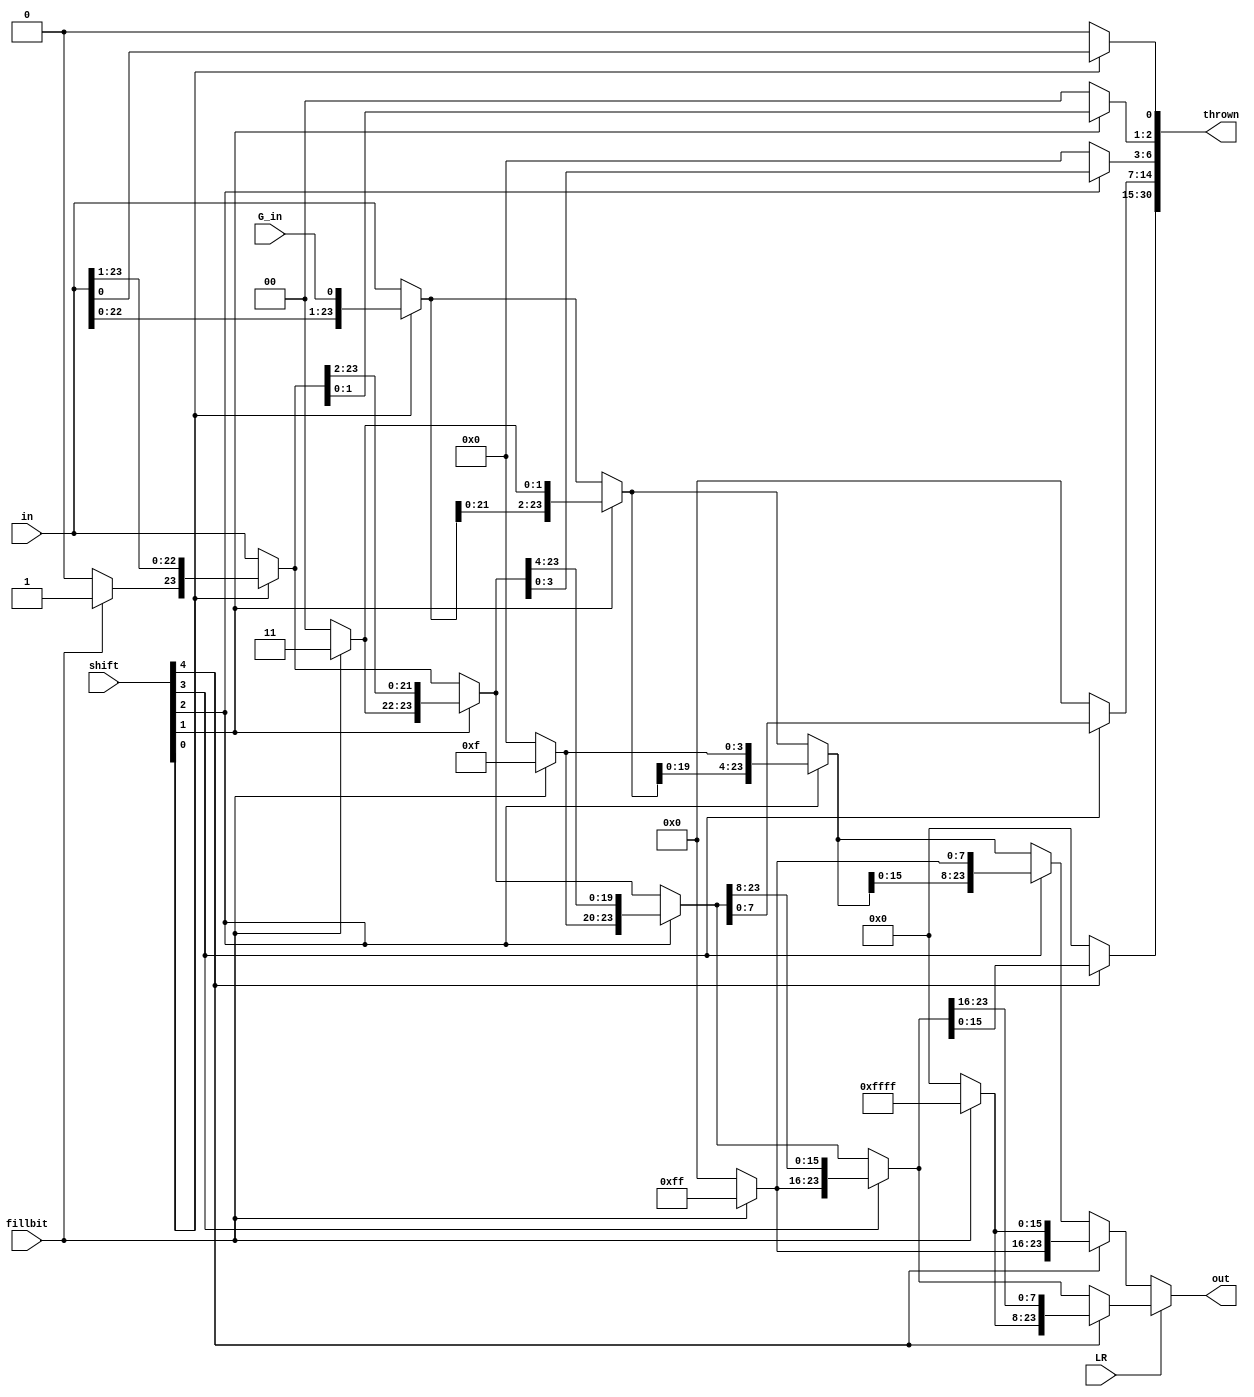
module BarrelShifter(
  output reg [23:0] out,
  output [30:0] thrown,
  //output reg g,r,s,
  input [23:0] in,
  input [4:0] shift,          //for 24 shifts
  input LR,fillbit,G_in);     //LR=0 for Left,1 for Right
  
  
  //variable declarations
  reg [23:0] L1,L2,L4,L8,L16,L1s,L2s,L4s,L8s,L16s;
  reg [23:0] R1,R2,R4,R8,R16,R1s,R2s,R4s,R8s,R16s;
  reg fillp1,s1;
  reg [1:0] fillp2,s2;
  reg [3:0] fillp4,s4;
  reg [7:0] fillp8,s8;
  reg [15:0] fillp16,s16;
  integer i;
  
  wire [30:0] shiftout;
  

always@(*)
begin
  if(fillbit==1'b0)
  begin
    fillp1=1'b0;
    fillp2=2'b00;
    fillp4=4'b0000;
    fillp8=8'b00000000;
    fillp16=16'b0000000000000000;
  end
  else
  begin
    fillp1=1'b1;
    fillp2=2'b11;
    fillp4=4'b1111;
    fillp8=8'b11111111;
    fillp16=16'b1111111111111111;
  end
end


always@(*)
begin
  L1s={in[22:0],G_in};
  if(shift[0]==1'b1)
    L1=L1s;
  else
    L1=in;

  L2s={L1[21:0],fillp2};
  if(shift[1]==1'b1)
    L2=L2s;
  else
    L2=L1;
  
  L4s={L2[19:0],fillp4};
  if(shift[2]==1'b1)
    L4=L4s;
  else
    L4=L2;
  
  L8s={L4[15:0],fillp8};
  if(shift[3]==1'b1)
    L8=L8s;
  else
    L8=L4;
  
  L16s={L8s[7:0],fillp16};
  if(shift[4]==1'b1)
    L16=L16s;
  else
    L16=L8;
end  

always@(*)
begin
  R1s={fillp1,in[23:1]};
  if(shift[0]==1'b1)
  begin
    s1=in[0];
    R1=R1s;
  end
  else
  begin
    s1=1'b0;
    R1=in;
  end

  R2s={fillp2,R1[23:2]};
  if(shift[1]==1'b1)
  begin
    s2=R1[1:0];
    R2=R2s;
  end
  else
  begin
    s2=2'b00;
    R2=R1;
  end

  R4s={fillp4,R2[23:4]};
  if(shift[2]==1'b1)
  begin
    s4=R2[3:0];
    R4=R4s;
  end
  else
  begin
    s4=4'b0000;
    R4=R2;
  end

  R8s={fillp8,R4[23:8]};
  if(shift[3]==1'b1)
  begin
    s8=R4[7:0];
    R8=R8s;
  end
  else
  begin
    s8=8'b00000000;
    R8=R4;
  end

  R16s={fillp16,R8[23:16]};
  if(shift[4]==1'b1)
  begin
    s16=R8[15:0];
    R16=R16s;
  end
  else
  begin
    s16=16'b0000000000000000;
    R16=R8;
  end
end  

always@(*)    //0 for Left,1 for Right
begin
  if(LR==1'b0)
    out=L16;
  else
    out=R16;
end

assign thrown={s16,s8,s4,s2,s1};
 
endmodule